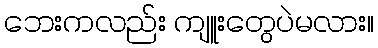
ဘေးကလည်း ကျူးတွေပဲမလား။